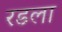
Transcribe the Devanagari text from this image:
रडला